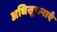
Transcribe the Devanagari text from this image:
अधिसूचनाएँ